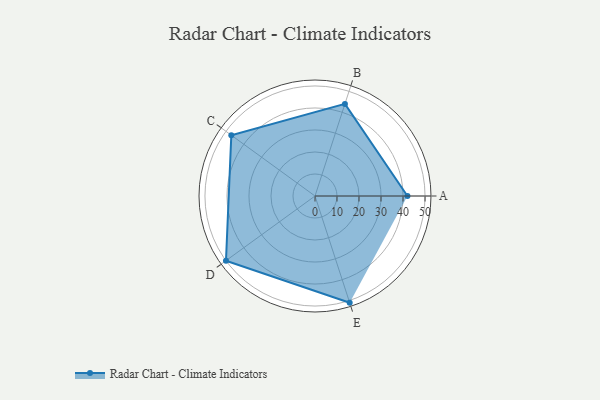
{"axis": {"x": "Skill", "y": "Score"}, "legend": ["Profile"], "data": [{"x": "A", "y": 42.0, "type": "Profile"}, {"x": "B", "y": 44.0, "type": "Profile"}, {"x": "C", "y": 47.0, "type": "Profile"}, {"x": "D", "y": 50.0, "type": "Profile"}, {"x": "E", "y": 51.0, "type": "Profile"}]}